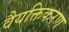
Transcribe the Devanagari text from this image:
वैयक्तिकरण